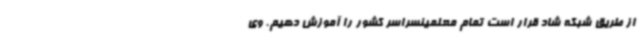
از طریق شبکه شاد قرار است تمام معلمینسراسر کشور را آموزش دهیم. وی